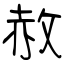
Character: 赦